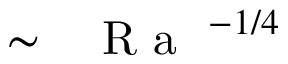
\sim \mathrm { ~ \textit ~ { ~ R ~ a ~ } ~ } ^ { - 1 / 4 }